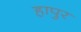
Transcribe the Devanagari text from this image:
हापुर